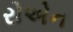
રોએન